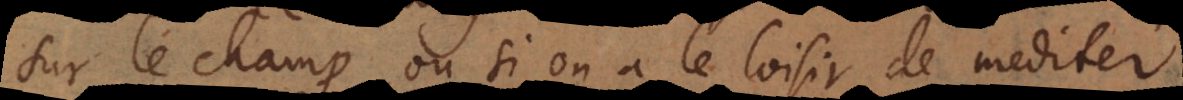
sur le champ, ou si on a le loisir de mediter